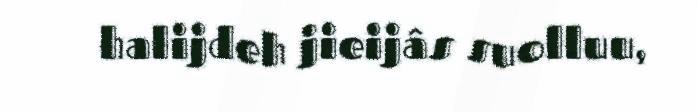
halijdeh jieijâs suolluu,